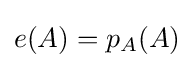
e(A)=p_{A}(A)